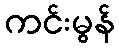
ကင်းမွန်